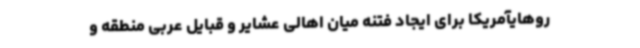
روهایآمریکا برای ایجاد فتنه میان اهالی عشایر و قبایل عربی منطقه و